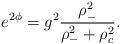
LaTeX: \begin{align*}e^{2 \phi} = g^2 \frac{\rho_-^2}{\rho_-^2 + \rho_c^2}.\end{align*}